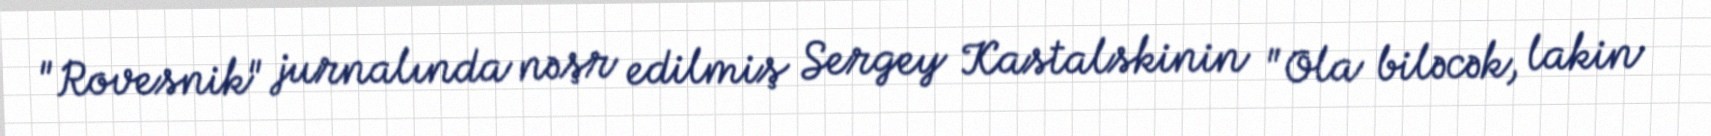
"Rovesnik" jurnalında nəşr edilmiş Sergey Kastalskinin "Ola biləcək, lakin